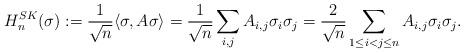
LaTeX: \begin{align*}H_{n}^{SK}(\sigma):= \frac{1}{\sqrt{n}}\langle \sigma, A\sigma \rangle =\frac{1}{\sqrt{n}} \sum_{i,j} A_{i,j} \sigma_{i} \sigma_{j}= \frac{2}{\sqrt{n}} \sum_{1\le i< j \le n} A_{i,j} \sigma_{i}\sigma_{j}.\end{align*}